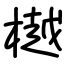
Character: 樾